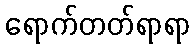
ရောက်တတ်ရာရာ